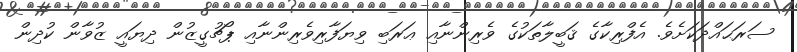
ސަރަޙައްދަކަށެވެ. އެފްރިކާގެ ޤަބީލާތަކުގެ ވެރިންނާއި ޢަރަބި ވިޔަފާރިވެރިންނާއި ޕޯޗުގީޒުން ދިޔައީ ޒުވާން ކުދިން